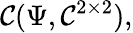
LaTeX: \mathcal{C}(\Psi,\mathbb{{\mathcal{C}}}^{2\times2}),